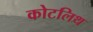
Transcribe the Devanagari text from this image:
कोटलिथ